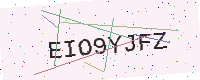
Text: EIO9YJFZ